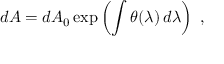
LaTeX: d A = d A _ { 0 } \exp \left( \int \theta ( \lambda ) \, d \lambda \right) \ ,